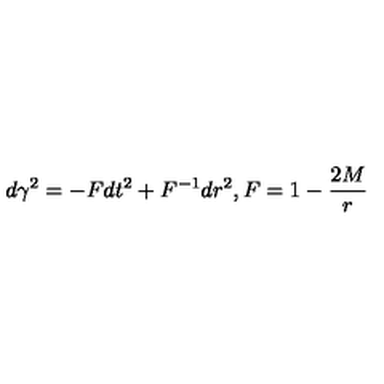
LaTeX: d \gamma ^ { 2 } = - F d t ^ { 2 } + F ^ { - 1 } d r ^ { 2 } , F = 1 - { \frac { 2 M } { r } }